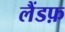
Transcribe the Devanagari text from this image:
लैंडफ़